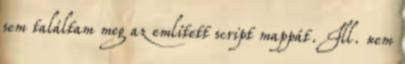
sem találtam meg az említett script mappát. Ill. nem